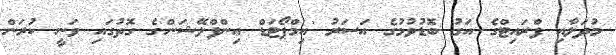
މުދަލާއި ފްރައިޓްގެ އަގު ބޮޑުވުމުގެ އަސަރު 'އިމްޕޯޓަޑް އިންފްލޭޝަން'ގެ ގޮތުގައި ވަނީ ކުރަން